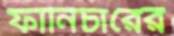
ফার্নিচারের